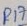
Text: R17